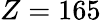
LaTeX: Z=165